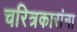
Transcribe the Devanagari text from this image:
चरित्रकारांना